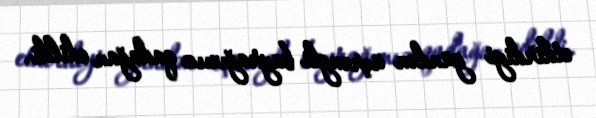
etdirdiyi gündən üçrəngli bayrağımız qadağan edildi.